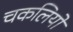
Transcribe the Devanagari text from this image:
चकलियों